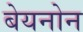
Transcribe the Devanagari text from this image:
बेयनोन